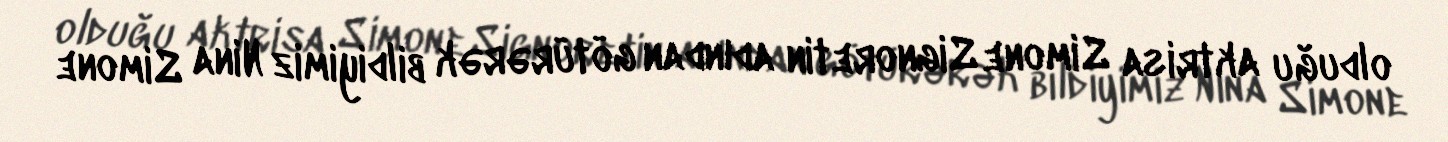
olduğu aktrisa Simone Signoretin adından götürərək bildiyimiz Nina Simone